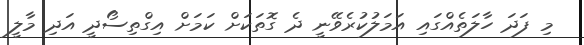
މި ފަދަ ހާލަތެއްގައި އަމަލުކުރެވޭނީ ދެ ގޮތަކަށް ކަމަށް އިގްތިސޯދީ އަދި މާލީ